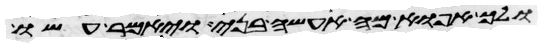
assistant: ולך אפוא מה אעשה בני ויאמר עשו